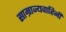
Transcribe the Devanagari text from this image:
साम्राज्यवाहिनी